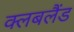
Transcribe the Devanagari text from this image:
क्लबलैंड